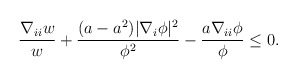
\begin{align*}\frac{\nabla_{ii} w}{w} + \frac{(a - a^2) |\nabla_{i} \phi|^2}{\phi^2} - \frac{a \nabla_{ii} \phi}{\phi} \leq 0.\end{align*}